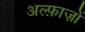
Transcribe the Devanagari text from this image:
अल्फ़ाज़ों